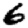
Digit: 6